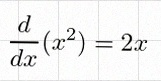
\frac{d}{dx}(x^2)=2x